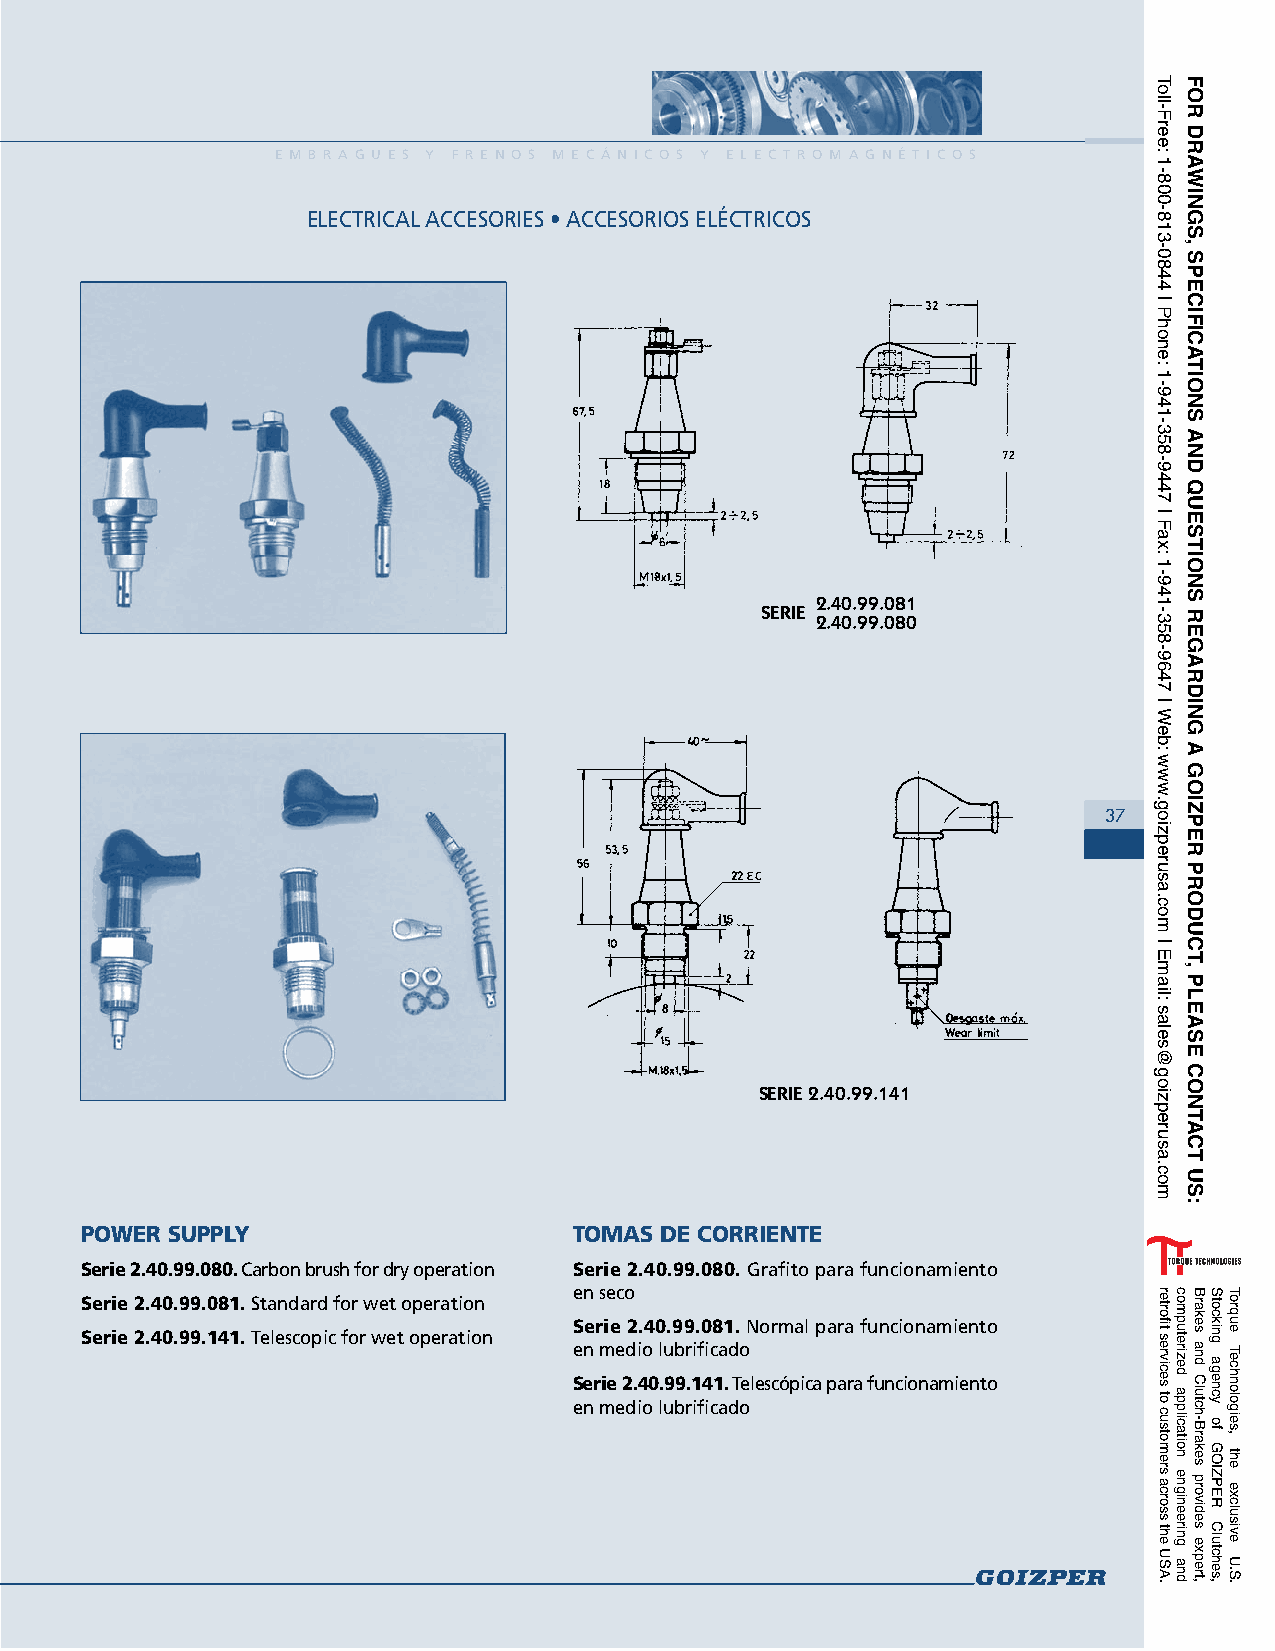
E M B R A G U E S Y F R E N O S M E C Á N I C O S Y E L E C T R O M A G N É T I C O S
 ELECTRICAL ACCESORIES • ACCESORIOS ELÉCTRICOS
 2.40.99.081
 SERIE 2.40.99.080
 1317
 SERIE 2.40.99.141
 POWER SUPPLY                     TOMAS DE CORRIENTE
 Serie 2.40.99.080. Carbon brush for dry operation Serie 2.40.99.080. Grafito para funcionamiento
 en seco
 Serie 2.40.99.081. Standard for wet operation
 Serie 2.40.99.081. Normal para funcionamiento
 Serie 2.40.99.141. Telescopic for wet operation
 en medio lubrificado
 Serie 2.40.99.141. Telescópica para funcionamiento
 en medio lubrificado
 Toll-Free:
 1-800-813-0844
 |
 Phone:
 1-941-358-9447
 |
 Fax:
 1-941-358-9647
 |
 Web:
 www.goizperusa.com
 |
 Email:
 sales@goizperusa.com
 retrofit
 services
 to
 customers
 across
 the
 USA.
 computerized
 application
 engineering
 and
 For
 drawings,
 speciFications
 and
 questions
 regarding
 a
 goiZper
 product,
 please
 contact
 us:
 Brakes
 and
 Clutch-Brakes
 provides
 expert,
 Stocking
 agency
 of
 GOIZPER
 Clutches,
 Torque
 Technologies,
 the
 exclusive
 U.S.